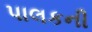
પાલકની